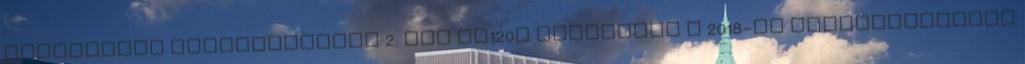
köznevelés szolgálatában 2. hét MM120T Megvannak a 2018-as alkotópályázat